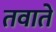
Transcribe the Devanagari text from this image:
तवाते